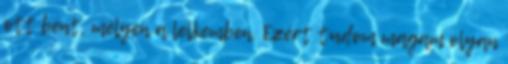
ott bent, mélyen a lelkemben. Ezért tudom magam olyan